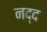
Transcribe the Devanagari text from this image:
नद्द